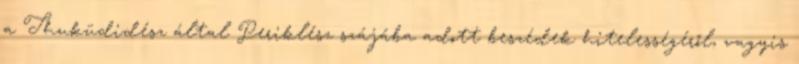
a Thuküdidész által Periklész szájába adott beszédek hitelességéről, vagyis